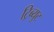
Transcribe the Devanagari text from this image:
ट्रिब्युट